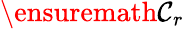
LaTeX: \ensuremath{\mathcal{C}}_{r}